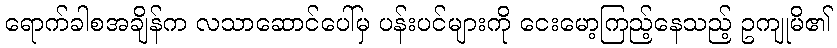
ရောက်ခါစအချိန်က လသာဆောင်ပေါ်မှ ပန်းပင်များကို ငေးမော့ကြည့်နေသည့် ဥကျုမိ၏